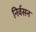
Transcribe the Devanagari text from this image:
निर्वसन